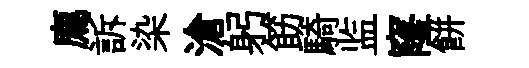
廌訴染滄躬筯騎监窿餅